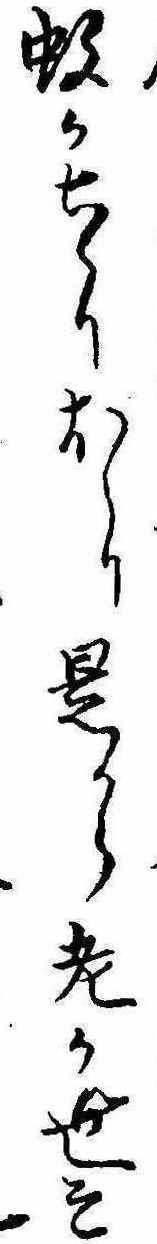
蚊かちらりほらり是から老か世そ